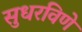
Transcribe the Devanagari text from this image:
सुधरविणे